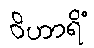
ဝိဟာရိံ